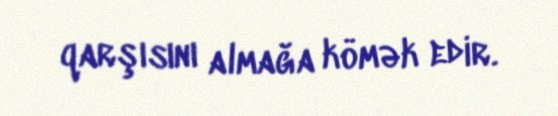
qarşısını almağa kömək edir.